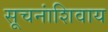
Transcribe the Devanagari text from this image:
सूचनांशिवाय